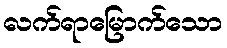
လက်ရာမြောက်သော